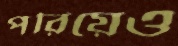
পরিয়েও